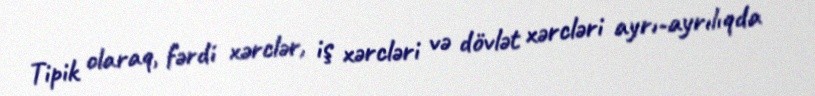
Tipik olaraq, fərdi xərclər, iş xərcləri və dövlət xərcləri ayrı-ayrılıqda